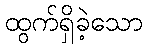
ထွက်ရှိခဲ့သော